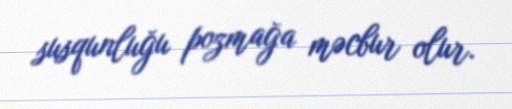
susqunluğu pozmağa məcbur olur.